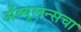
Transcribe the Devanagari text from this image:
अँब्यूलन्सचा